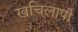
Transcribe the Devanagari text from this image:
खचिलापी